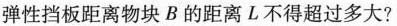
弹性挡板距离物块B的距离L不得超过多大?